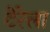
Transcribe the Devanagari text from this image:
टेरेला